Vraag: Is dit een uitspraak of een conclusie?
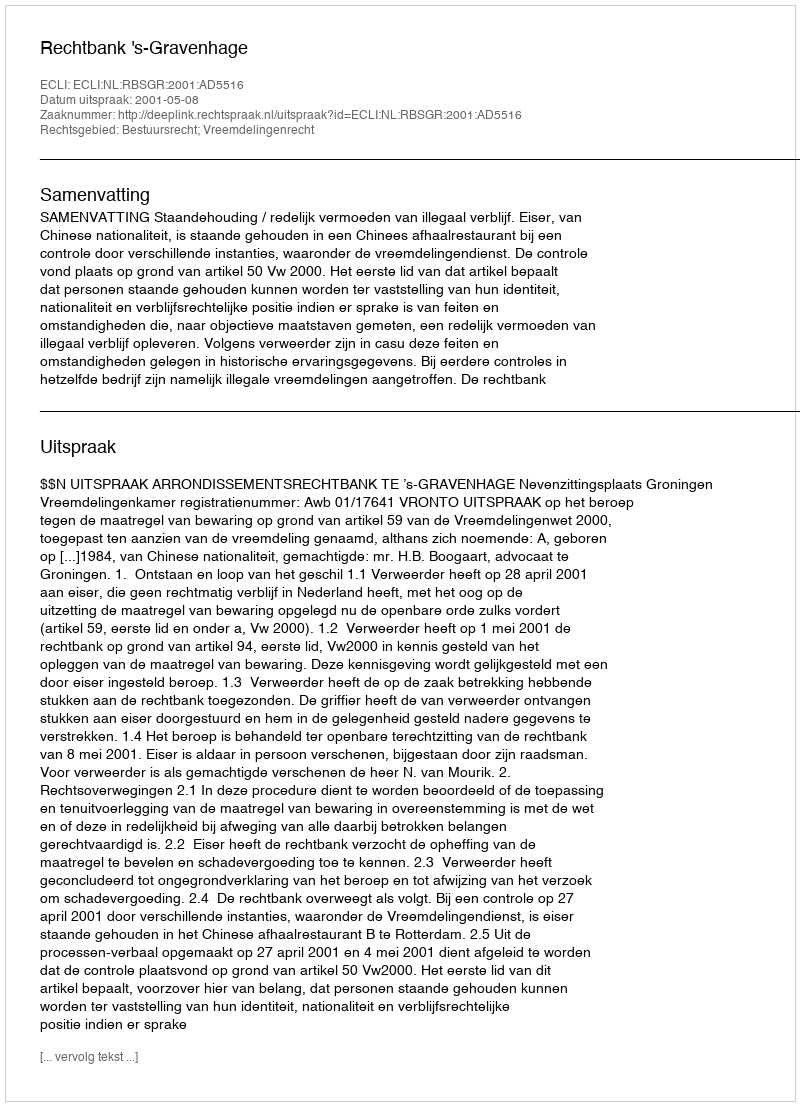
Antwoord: Uitspraak